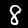
Digit: 8